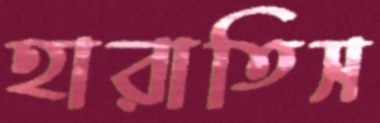
হারাতিস